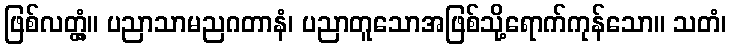
ဖြစ်လတ္တံ့။ ပညာသာမညဂတာနံ၊ ပညာတူသောအဖြစ်သို့ရောက်ကုန်သော။ သတံ၊